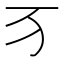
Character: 𬺷